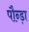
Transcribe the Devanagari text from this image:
पौन्ड़ा